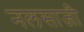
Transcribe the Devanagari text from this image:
नलसाजी